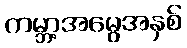
ကမ္ဘာ့အမွေအနှစ်